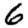
Digit: 6